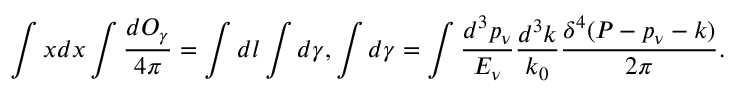
\int x d x \int \frac { d O _ { \gamma } } { 4 \pi } = \int d l \int d \gamma , \int d \gamma = \int \frac { d ^ { 3 } p _ { \nu } } { E _ { \nu } } \frac { d ^ { 3 } k } { k _ { 0 } } \frac { \delta ^ { 4 } ( P - p _ { \nu } - k ) } { 2 \pi } .